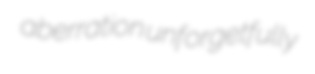
aberration unforgetfully